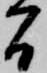
間